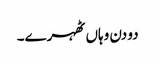
دو دن وہاں ٹھہرے۔